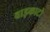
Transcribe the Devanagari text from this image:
वाइकाटो